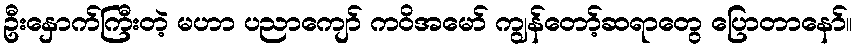
ဦးနှောက်ကြီးတဲ့ မဟာ ပညာကျော် ကဝိအမော် ကျွန်တော့်ဆရာတွေ ပြောတာနော်။